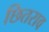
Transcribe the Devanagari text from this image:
छितराव